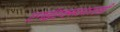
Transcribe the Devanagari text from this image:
एनईएक्सआरएडी